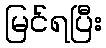
မြင်ရပြီး